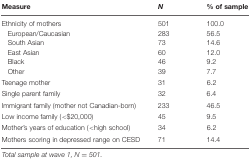
<table><thead><tr><td><b>Measure</b></td><td><b><i>N</i></b></td><td><b>% of sample</b></td></tr></thead><tbody><tr><td>Ethnicity of mothers European/Caucasian South Asian East Asian Black Other</td><td>50128373604639</td><td>100.056.514.612.09.27.7</td></tr><tr><td>Teenage mother</td><td>31</td><td>6.2</td></tr><tr><td>Single parent family</td><td>32</td><td>6.4</td></tr><tr><td>Immigrant family (mother not Canadian-born)</td><td>233</td><td>46.5</td></tr><tr><td>Low income family (&lt;$20,000)</td><td>45</td><td>9.5</td></tr><tr><td>Mother’s years of education (&lt;high school)</td><td>34</td><td>6.2</td></tr><tr><td>Mothers scoring in depressed range on CESD</td><td>71</td><td>14.4</td></tr></tbody></table>